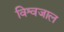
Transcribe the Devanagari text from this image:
विश्वजाल